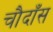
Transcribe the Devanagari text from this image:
चौदाँस